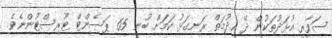
ސަފާރީ އުޅަދުތަކުން ދޭ ހިދުމަތް ރަނގަޅު ކަމަށް ބުނީ 65 ޕަސެންޓް ޓޫރިސްޓުންނެވެ.